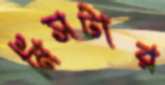
মিসটার